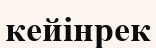
кейінрек